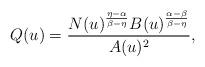
LaTeX: \begin{align*} Q(u)=\frac{N(u)^{\frac{\eta-\alpha}{\beta-\eta}} B(u)^{\frac{\alpha-\beta}{\beta-\eta}}}{A(u)^2},\end{align*}